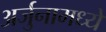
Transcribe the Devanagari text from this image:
अर्जुनामध्ये